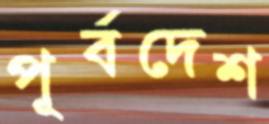
পূর্বদেশ